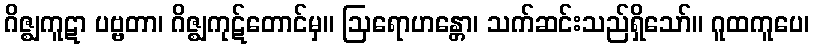
ဂိဇ္ဈကူဋာ ပဗ္ဗတာ၊ ဂိဇ္ဈကုဋ်တောင်မှ။ ဩရောဟန္တော၊ သက်ဆင်းသည်ရှိသော်။ ဂူထကူပေ၊